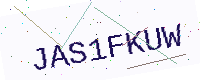
Text: JAS1FKUW